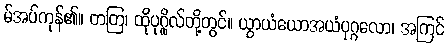
မ်အပ်ကုန်၏။ တတြ၊ ထိုပုဂ္ဂိုလ်တို့တွင်။ ယွာယံယောအယံပုဂ္ဂလော၊ အကြင်